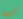
أريد